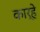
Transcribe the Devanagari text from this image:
कार्हे